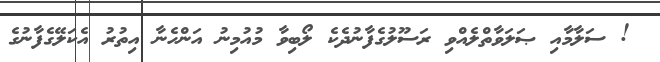
! ސަލާމާއި ޞަލަވާތްލެއްވި ރަސޫލުގެފާނުދެކެ ލޯބިވާ މުއުމިނު އަންހެނާ އިތުރު އެކަލޭގެފާނުގެ